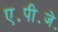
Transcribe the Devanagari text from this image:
ए॰पी॰जे॰